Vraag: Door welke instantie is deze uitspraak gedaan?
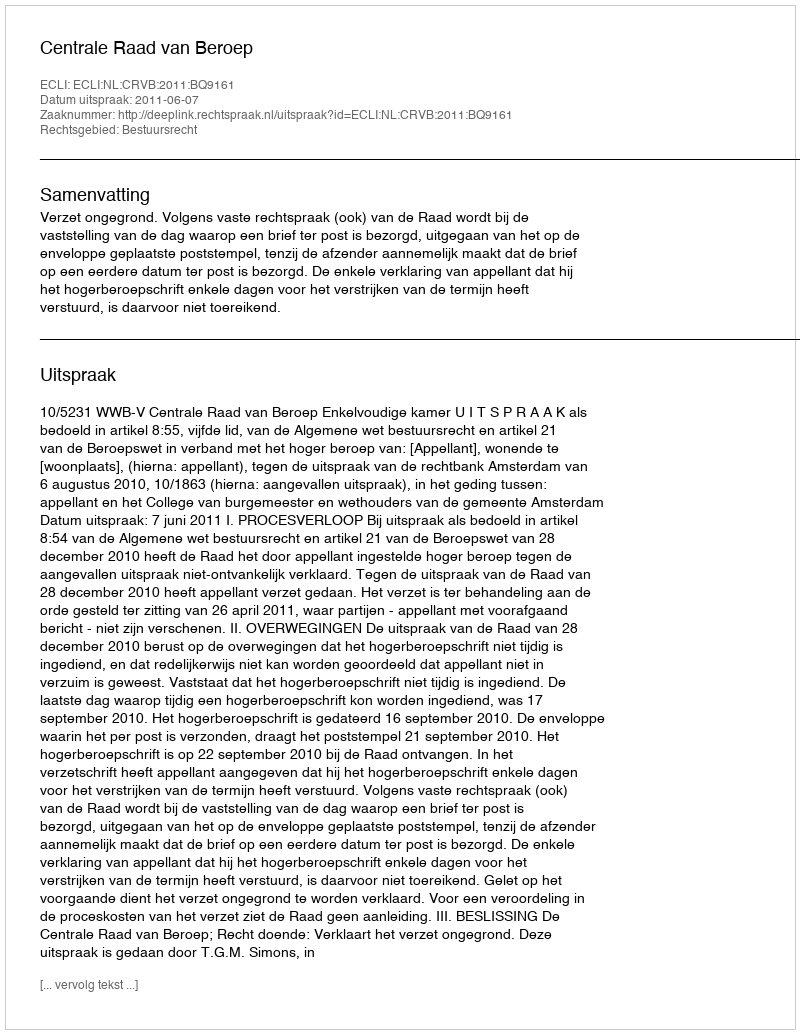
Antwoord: Centrale Raad van Beroep